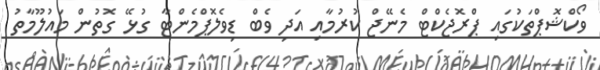
ވޯކްޝޮޕްތަކުގައި ޕްރޮޖެކްޓް މެނޭޖް ކުރުމާއި އަދި ވެބް ޑިވެލޮޕްމެންޓާ ގުޅޭ ގޮތުން މައުލޫމާތު